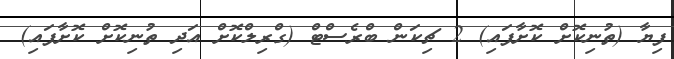
ފިޔާ (ތުނިކޮށް ކޮށާފައި) 2 ޗިކަން ބްރެސްޓް (ގްރިލްކޮށް އަދި ތުނިކޮށް ކޮށާފައި)